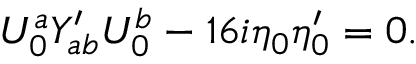
U _ { 0 } ^ { a } Y _ { a b } ^ { \prime } U _ { 0 } ^ { b } - 1 6 i \eta _ { 0 } \eta _ { 0 } ^ { \prime } = 0 .